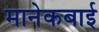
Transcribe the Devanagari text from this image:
मानेकबाई